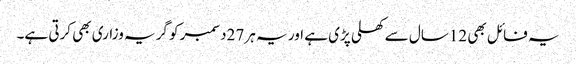
یہ فائل بھی 12سال سے کھلی پڑی ہے اور یہ ہر 27دسمبر کو گریہ وزاری بھی کرتی ہے۔